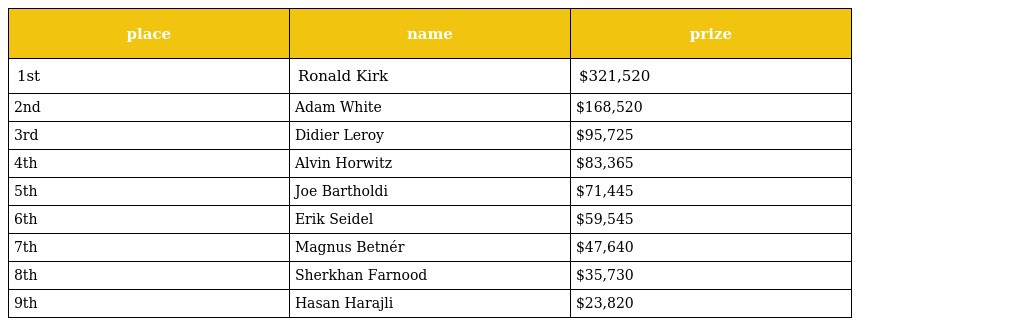
| place | name | prize |
 | --- | --- | --- |
 | 1st | Ronald Kirk | $321,520 |
 | 2nd | Adam White | $168,520 |
 | 3rd | Didier Leroy | $95,725 |
 | 4th | Alvin Horwitz | $83,365 |
 | 5th | Joe Bartholdi | $71,445 |
 | 6th | Erik Seidel | $59,545 |
 | 7th | Magnus Betnér | $47,640 |
 | 8th | Sherkhan Farnood | $35,730 |
 | 9th | Hasan Harajli | $23,820 |